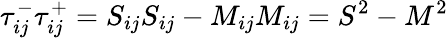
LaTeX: \tau_{ij}^{-}\tau_{ij}^{+}=S_{ij}S_{ij}-M_{ij}M_{ij}=S^{2}-M^{2}